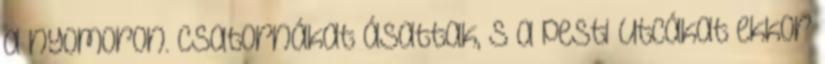
a nyomoron. Csatornákat ásattak, s a pesti utcákat ekkor